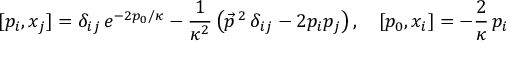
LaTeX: [ p _ { i } , x _ { j } ] = \delta _ { i j } \, e ^ { - 2 p _ { 0 } / \kappa } - \frac { 1 } { \kappa ^ { 2 } } \left( \vec { p } \, { } ^ { 2 } \, \delta _ { i j } - 2 p _ { i } p _ { j } \right) , \quad [ p _ { 0 } , x _ { i } ] = - \frac { 2 } \kappa \, p _ { i }